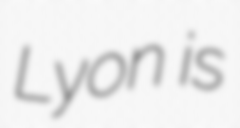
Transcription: Lyon is